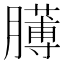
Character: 𦡰